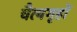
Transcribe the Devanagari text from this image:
चैत्यगृहों